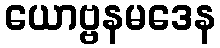
ယောဗ္ဗနမဒေန